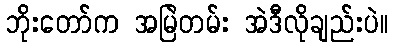
ဘိုးတော်က အမြဲတမ်း အဲဒီလိုချည်းပဲ။